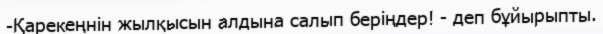
-Қарекеңнін жылқысын алдына салып беріңдер! - деп бұйырыпты.